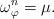
LaTeX: \begin{align*}\omega_\varphi^n = \mu. \end{align*}